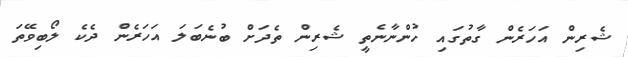
ޝެރިން އަހަރެން ގާތުގައި ހުންނާނެތީ ޝެރިން ތެދަށް ބުނެބަލަ އަހަރެން ދެކެ ލޯބިވޭތަ